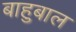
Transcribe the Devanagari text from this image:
बाहुबाल